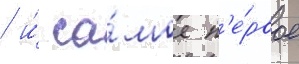
/ и́ са́мое п'е́рвое